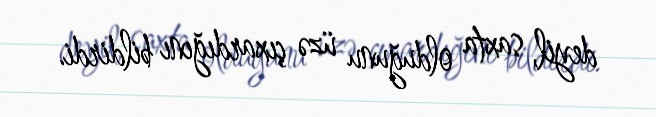
deyil, saxta olduğunu üzə çıxardığını bildirdi.